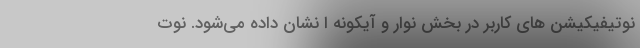
نوتیفیکیشن های کاربر در بخش نوار و آیکونه ا نشان داده می‌شود. نوت